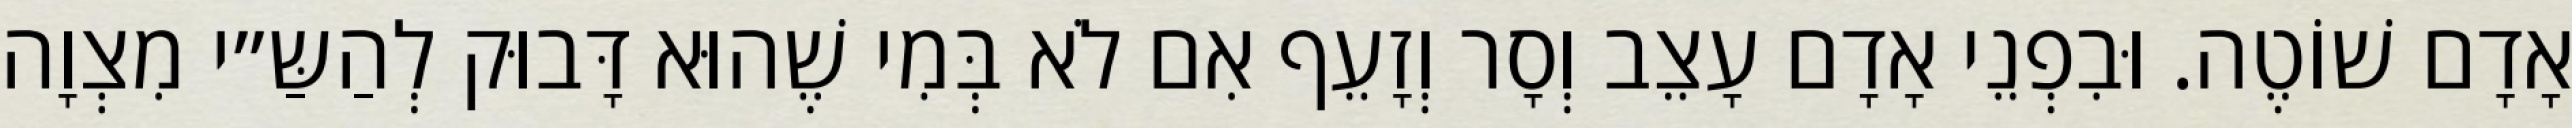
אָדָם שׁוֹטֶה. וּבִפְנֵי אָדָם עָצֵב וְסָר וְזָעֵף אִם לֹא בְּמִי שֶׁהוּא דָּבוּק לְהַשַּ״י מִצְוָה